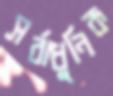
সর্বাধুনিক